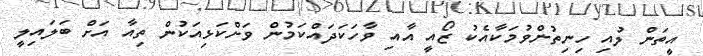
އީތަން ލުއި ހިނިތުންވުމަކާއެކު ޒޯއީ އާއި ވާހަކަދައްކަމުން ވަށްކަޅިއަކުން ތިއާ އަށް ބަލައިލީ